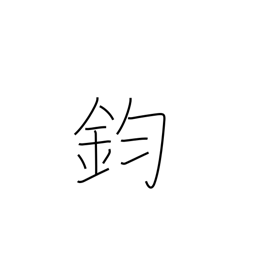
Meaning: equal